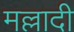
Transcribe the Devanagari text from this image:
मल्लादी